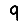
Digit: 9